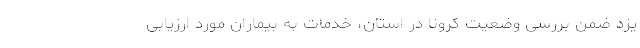
یزد ضمن بررسی وضعیت کرونا در استان، خدمات به بیماران مورد ارزیابی